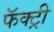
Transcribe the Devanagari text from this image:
फॅक्ट्री